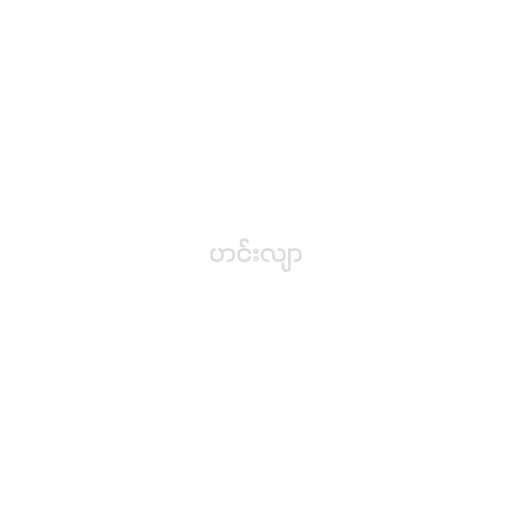
ဟင်းလျာ